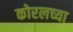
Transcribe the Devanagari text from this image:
कोरलच्या